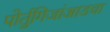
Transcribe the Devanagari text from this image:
पोर्तुगिजांआडचा